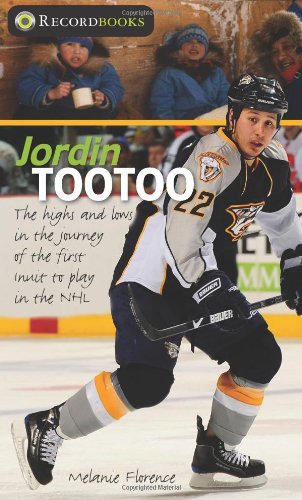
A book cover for Jordin Tootoo: The highs and lows in the journey of the first Inuk to play in the NHL (Lorimer Recordbooks); Melanie Florence; Teen & Young Adult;